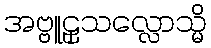
အဗ္ဗူဠှသလ္လောသ္မိ